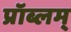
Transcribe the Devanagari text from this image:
प्रॉब्लम्